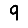
Digit: 9